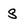
Character: s